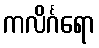
ကလိင်္ဂရော